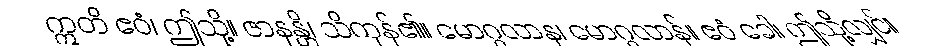
ဣတိ ဧဝံ၊ ဤသို့။ ဇာနန္တိ၊ သိကုန်၏။ မောဂ္ဂလာန၊ မောဂ္ဂလာန်။ ဧဝံ ခေါ၊ ဤသို့လျှင်။